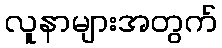
လူနာများအတွက်